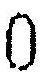
0